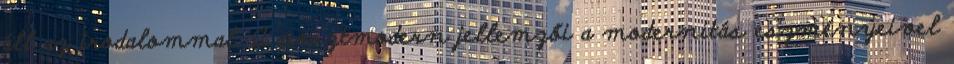
áll az irodalommal. A posztmodern jellemzői a modernitás eszményeivel